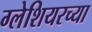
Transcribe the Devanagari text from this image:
ग्लेशियरच्या